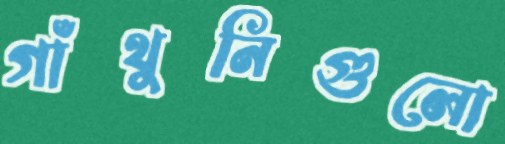
গাঁথুনিগুলো